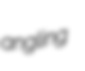
angling